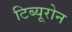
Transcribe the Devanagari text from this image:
टिब्यूरोन